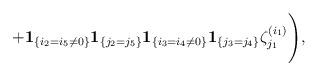
LaTeX: \begin{align*}+\Biggl.{\bf 1}_{\{i_2=i_5\ne 0\}}{\bf 1}_{\{j_2=j_5\}}{\bf 1}_{\{i_3=i_4\ne 0\}}{\bf 1}_{\{j_3=j_4\}}\zeta_{j_1}^{(i_1)}\Biggr),\end{align*}